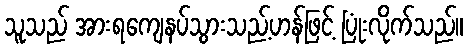
သူသည် အားရကျေနပ်သွားသည့်ဟန်ဖြင့် ပြုံးလိုက်သည်။